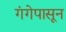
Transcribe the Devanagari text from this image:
गंगेपासून